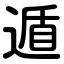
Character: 遁